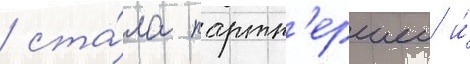
/ ста́ла партн'ершеи и́